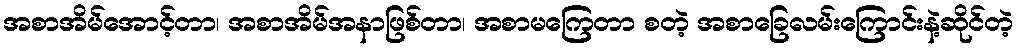
အစာအိမ်အောင့်တာ၊ အစာအိမ်အနာဖြစ်တာ၊ အစာမကြေတာ စတဲ့ အစာခြေလမ်းကြောင်းနဲ့ဆိုင်တဲ့